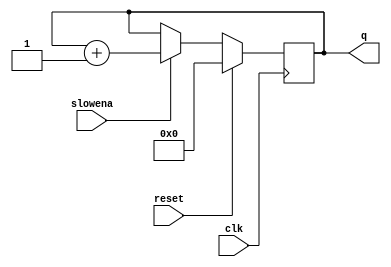
module top_module (
    input clk,
    input slowena,
    input reset,
    output [3:0] q);

    reg [3:0] q;
    reg [1:0] cnt;

    always @(posedge clk) begin
        if (reset) begin
            q <= 0;
            cnt <= 0;
        end else if (slowena) begin
            q <= q + 1;
            cnt <= cnt + 1;
            if (cnt == 10) begin
                cnt <= 0;
            end
        end
    end

endmodule